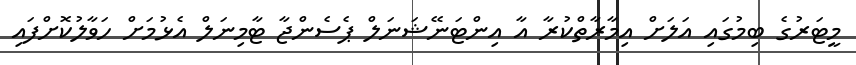
މީޓަރުގެ ބިމުގައި އަލަށް އިމާރާތްކުރާ އާ އިންޓަނޭޝަނަލް ޕެސެންޖާ ޓާމިނަލް އެޅުމަށް ހަވާލުކޮށްފައި